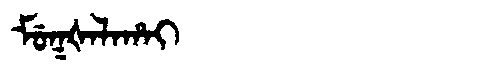
Manchu: ᠮᡠᡴᡧᠠᠯᠠᡥᠠᡳ
Romanization: MUKŠALAHAI